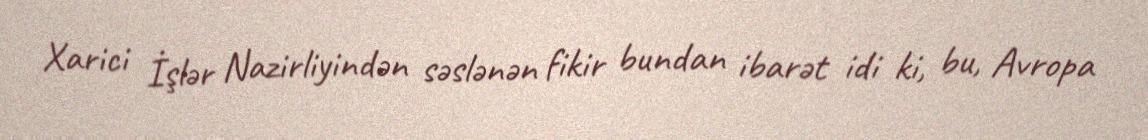
Xarici İşlər Nazirliyindən səslənən fikir bundan ibarət idi ki, bu, Avropa